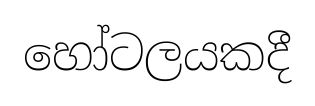
හෝටලයකදී